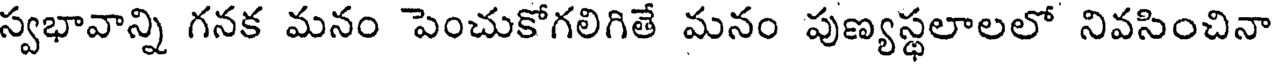
స్వభావాన్ని గనక మనం పెంచుకోగలిగితే మనం పుణ్యస్థలాలలో నివసించినా